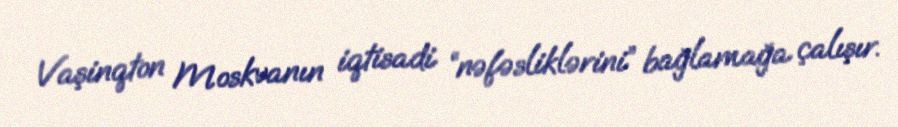
Vaşinqton Moskvanın iqtisadi “nəfəsliklərini” bağlamağa çalışır.